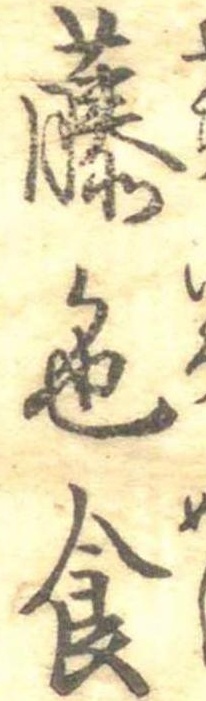
藤色食